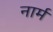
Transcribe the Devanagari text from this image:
नार्म